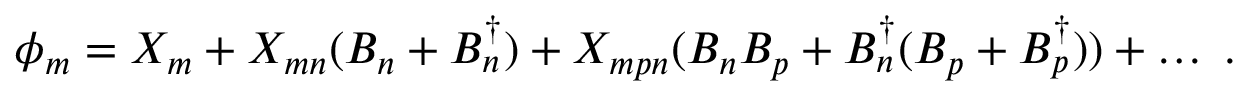
\phi _ { m } = X _ { m } + X _ { m n } ( B _ { n } + B _ { n } ^ { \dagger } ) + X _ { m p n } ( B _ { n } B _ { p } + B _ { n } ^ { \dagger } ( B _ { p } + B _ { p } ^ { \dagger } ) ) + \ldots \; .